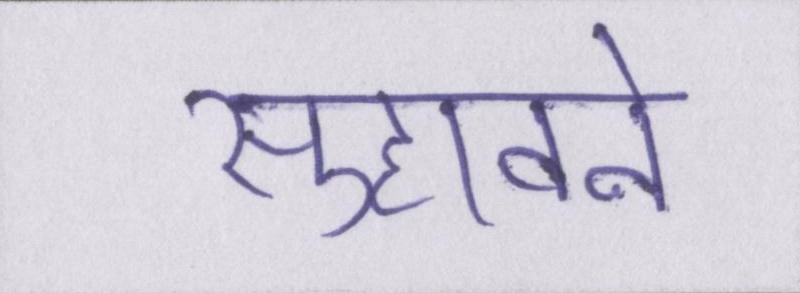
सुहावने